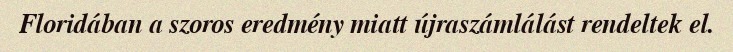
Floridában a szoros eredmény miatt újraszámlálást rendeltek el.